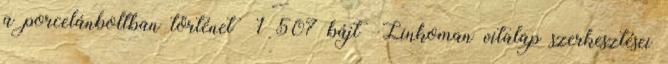
a porcelánboltban történet ‎ 1 507 bájt ‎Linkoman vitalap szerkesztései